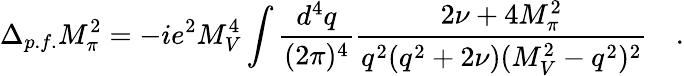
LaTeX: \Delta_{p.f.}M_{\pi}^{2}=-ie^{2}M_{V}^{4}\int\frac{d^{4}q}{(2\pi)^{4}}\frac{2\nu+4M_{\pi}^{2}}{q^{2}(q^{2}+2\nu)(M_{V}^{2}-q^{2})^{2}}\quad.